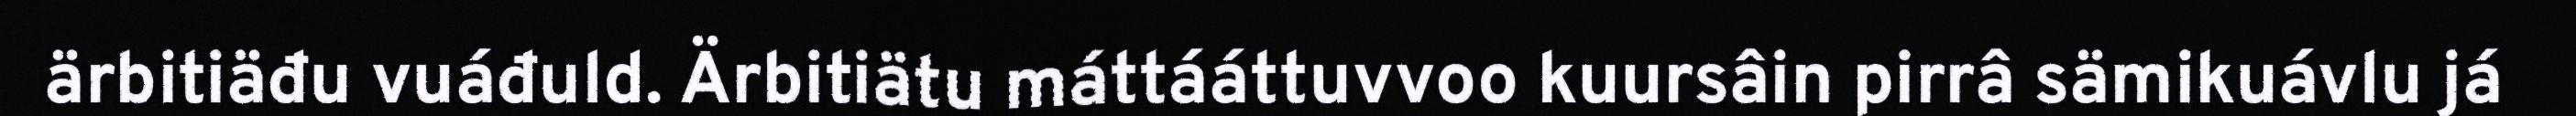
ärbitiäđu vuáđuld. Ärbitiätu máttááttuvvoo kuursâin pirrâ sämikuávlu já